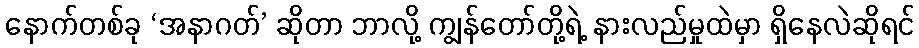
နောက်တစ်ခု ‘အနာဂတ်’ ဆိုတာ ဘာလို့ ကျွန်တော်တို့ရဲ့ နားလည်မှုထဲမှာ ရှိနေလဲဆိုရင်